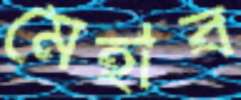
মেহাব